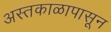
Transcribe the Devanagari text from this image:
अस्तकाळापासून